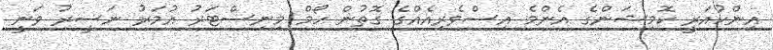
އިންކުއަރީ ކޮމިޝަންގެ އެންމެ އިސްވެރިއެއްގެ ގޮތުން ހޯމް މިނިސްޓަރު އުމަރު ނަސީރު ވަނީ